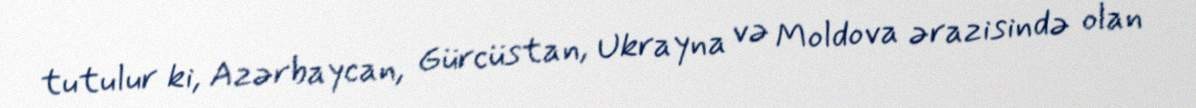
tutulur ki, Azərbaycan, Gürcüstan, Ukrayna və Moldova ərazisində olan